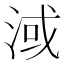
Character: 淢